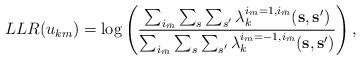
LaTeX: \begin{align*}LLR(u_{km})=\log\left ( \frac{\sum_{i_{\bar{m}}}\sum_{s}\sum_{s'}\lambda_{k}^{i_m=1,i_{\bar{m}}}(\mathbf{s},\mathbf{s'})}{\sum_{i_{\bar{m}}}\sum_{s}\sum_{s'}\lambda_{k}^{i_m=-1,i_{\bar{m}}}(\mathbf{s},\mathbf{s'})} \right ),\end{align*}